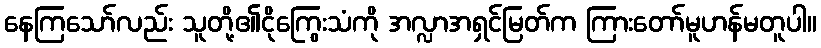
နေကြသော်လည်း သူတို့၏ငိုကြွေးသံကို အလ္လာအရှင်မြတ်က ကြားတော်မူဟန်မတူပါ။